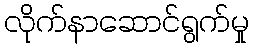
လိုက်နာဆောင်ရွက်မှု